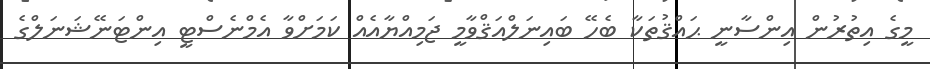
މީގެ އިތުރުން އިންސާނީ ޙައްޤުތަކާ ބެހޭ ބައިނަލްއަޤްވާމީ ޖަމިއްޔާއެއް ކަމަށްވާ އެމްނެސްޓީ އިންޓަނޭޝަނަލްގެ